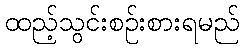
ထည့်သွင်းစဉ်းစားရမည်